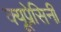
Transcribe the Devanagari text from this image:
क्यूप्रेसिनी